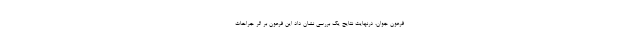
فرعون جوان، درنهایت نتایج یک بررسی نشان داد این فرعون بر اثر جراحات